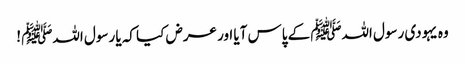
وہ یہودی رسول اللہﷺ کے پاس آیا اور عرض کیا کہ یا رسول اللہﷺ !